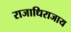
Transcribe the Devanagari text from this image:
राजाधिराजाय